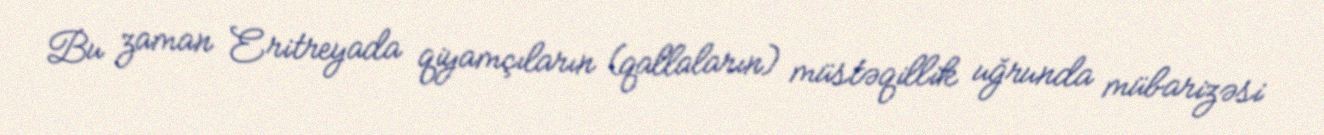
Bu zaman Eritreyada qiyamçıların (qallaların) müstəqillik uğrunda mübarizəsi